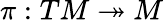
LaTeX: \pi:TM\twoheadrightarrow M